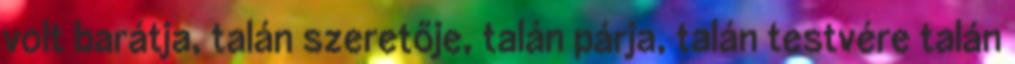
volt barátja, talán szeretője, talán párja, talán testvére talán